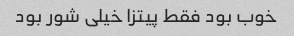
خوب بود فقط پیتزا خیلی شور بود